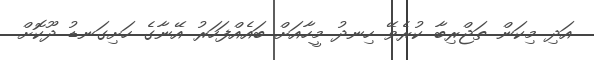
އަދި މިކަން ތަޖްރިބާ ކުރެވޭ ހިނދު މީހާއަށް ބައެއްފަހަރު އޭނާގެ ހަށިގަނޑު ދޫކޮށް